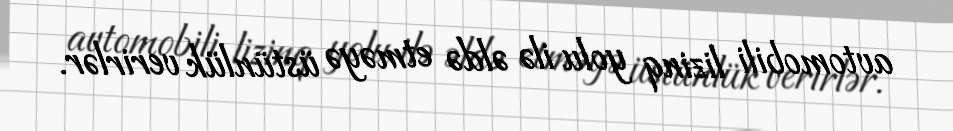
avtomobili lizinq yolu ilə əldə etməyə üstünlük verirlər.